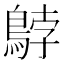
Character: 𲍠